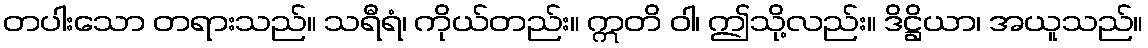
တပါးသော တရားသည်။ သရီရံ၊ ကိုယ်တည်း။ ဣတိ ဝါ၊ ဤသို့လည်း။ ဒိဋ္ဌိယာ၊ အယူသည်။